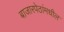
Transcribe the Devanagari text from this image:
बाजारपेठांमधील